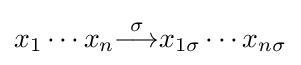
x_{1}\cdots x_{n}{\overset {\sigma }{\longrightarrow }}x_{1\sigma }\cdots x_{n\sigma }